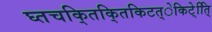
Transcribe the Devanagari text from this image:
घ्तचकि्तकि्तकिटत्ेकिटे्ति्ि